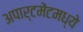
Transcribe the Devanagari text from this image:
अपार्टमेंटमध्ये